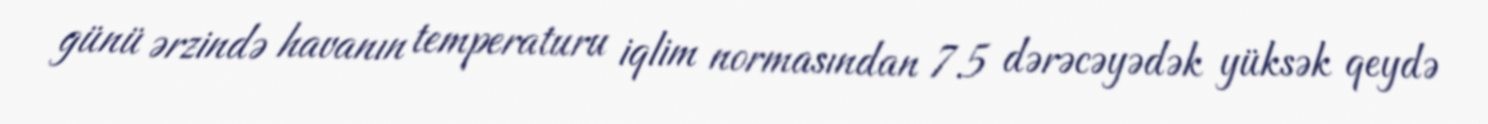
günü ərzində havanın temperaturu iqlim normasından 7.5 dərəcəyədək yüksək qeydə